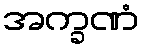
အက္ခဏံ